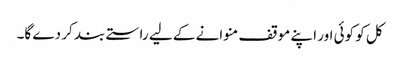
کل کو کوئی اور اپنے موقف منوانے کے لیے راستے بند کر دے گا۔